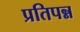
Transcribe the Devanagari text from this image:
प्रतिपन्न